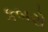
કબરો